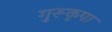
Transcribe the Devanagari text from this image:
गुरूकृपा